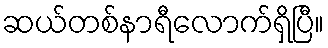
ဆယ်တစ်နာရီလောက်ရှိပြီ။